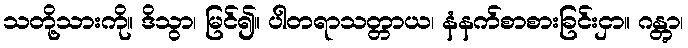
သတို့သားကို။ ဒိသွာ၊ မြင်၍။ ပါတရာသတ္တာယ၊ နံနက်စာစားခြင်းငှာ။ ဂန္တွာ၊